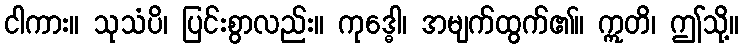
ငါကား။ သုသံပိ၊ ပြင်းစွာလည်း။ ကုဒ္ဓေါ၊ အမျက်ထွက်၏။ ဣတိ၊ ဤသို့။